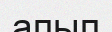
апып